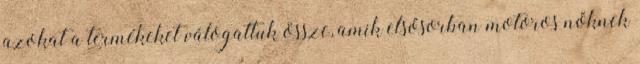
azokat a termékeket válogattuk össze, amik elsősorban motoros nőknek